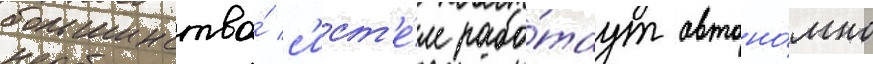
большинство́ с'ист'е́м рабо́таут автоно́мно